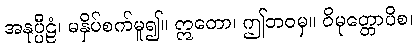
အနုပ္ပီဠံ၊ မနှိပ်စက်မူ၍။ ဣတော၊ ဤဘဝမှ။ ဝိမုတ္တောပိစ၊